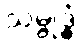
သမ္ဗုဒ္ဓံ